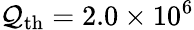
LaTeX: \mathcal{Q}_{\mathrm{{th}}}=2.0\times10^{6}